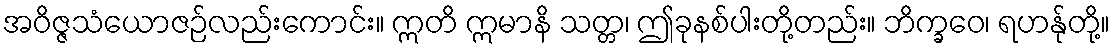
အဝိဇ္ဇသံယောဇဉ်လည်းကောင်း။ ဣတိ ဣမာနိ သတ္တ၊ ဤခုနစ်ပါးတို့တည်း။ ဘိက္ခဝေ၊ ရဟန်ုတို့။